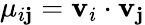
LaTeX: \mu_{i\mathbf{j}}=\mathbf{{v}}_{i}\cdot\mathbf{{v}}_{\mathbf{j}}